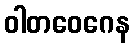
ဝါတဝေဂေန